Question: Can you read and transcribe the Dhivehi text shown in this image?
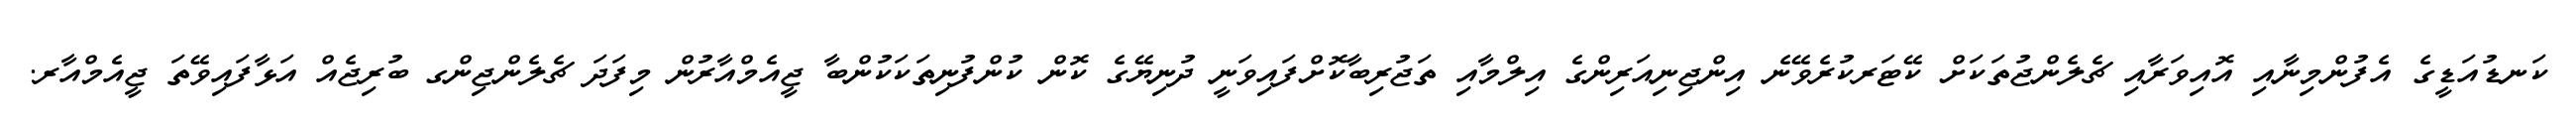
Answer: ކަނޑުއަޑީގެ އެފުންމިނާއި އޮއިވަރާއި ޗެލެންޖުތަކަށް ކޭޓަރކުރެވޭނެ އިންޖިނިއަރިންގެ އިލްމާއި ތަޖުރިބާކޮށްފައިވަނީ ދުނިޔޭގެ ކޮން ކުންފުނިތަކަކުންބާ ޖީއެމްއާރުން މިފަދަ ޗެލެންޖިންގ ބުރިޖެއް އަޅާފައިވޭތަ ޖީއެމްއާރ.